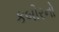
કબીરનો